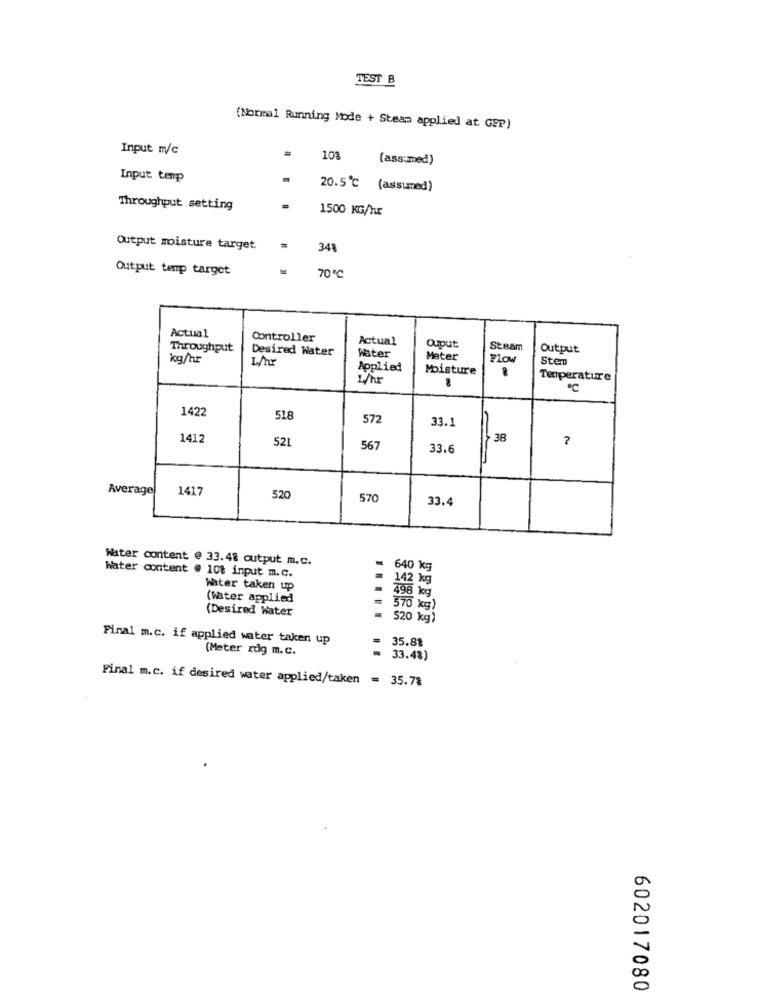
TEST B
(Normal Running Mode + Steam applied at GEP)
Input m/c
109
(assumed)
Input tenp
20.5℃ (assumed)
Throughput setting
1500 KG/hr
Output moisture target
348
Output temp target
70℃
Actual
Controller
Actual
Throughput
Desired Water
Ouput
Steam
Output
kg/hr
L/hr
Water
Meter
FLOW
Stem
Applied
Moisture
L/hr
Temperature
1422
518
572
33.1
1412
52L
38
?
567
33.6
Average
1417
520
570
33.4
Water content @ 33.48 output m.c.
Water content . 10t input m.c.
= 640 kg
= 142 kg
Water taken up
= 498 kg
(water applied
(Desired Water
570 kg)
= 520 kg)
Final m.c. if applied water taken up
35.81
(Meter rdg m.c.
33.4%)
Final m.c. if desired water applied/taken = 35.7%
602017080